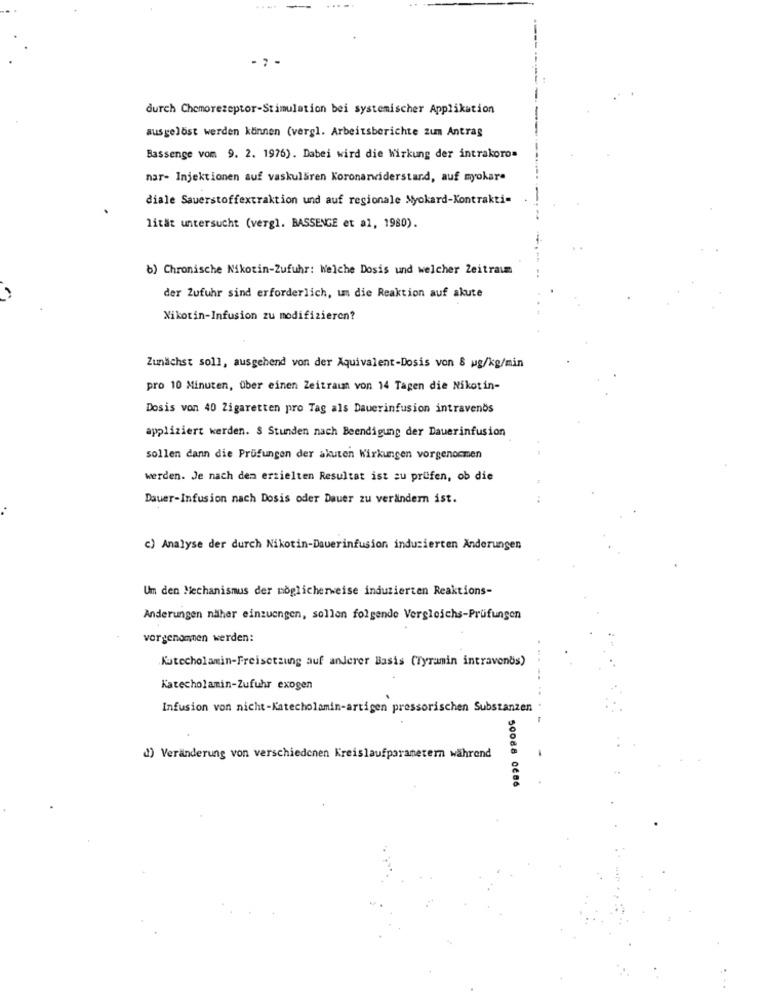
durch Chemorezeptor-Stimulation bei systemischer Applikation
ausgelöst werden können (vergl. Arbeitsberichte zum Antrag
Bassenge vom 9. 2. 1976). Dabei wird die Wirkung der intrakoro=
nar- Injektionen auf vaskulären Koronarwiderstand, auf myokare
diale Sauerstoffextraktion und auf regionale Myokard-Kontrakti-
lität untersucht (vergl. BASSENGE et al, 1980).
b) Chronische Nikotin-Zufuhr: Welche Dosis und welcher Zeitraum
der Zufuhr sind erforderlich, uns die Reaktion auf akute
Nikotin-Infusion zu modifizieren?
Zunächst soll, ausgehend von der Äquivalent-Dosis von & ug/kg/min
pro 10 Minuten, über einen Zeitraum von 14 Tagen die Nikotin-
Dosis von 40 Zigaretten pro Tag als Dauerinfusion intravenös
appliziert werden. S Stunden nach Beendigung der Dauerinfusion
sollen dann die Prüfungen der akuten Wirkungen vorgenommen
werden. Je nach dem erzielten Resultat ist zu prüfen, ob die
Dauer-Infusion nach Dosis oder Dauer zu verändern ist.
c) Analyse der durch Nikotin-Dauerinfusion induzierten Änderungen
Um den Mechanismus der möglicherweise induzierten Reaktions-
Anderungen näher einzuengen, sollen folgende Vergleichs-Prüfungen
vorgenommen werden:
Kutecholamin-Freisetzung auf anderer Basis (Tyramin intravenös)
----
Katecholamin-Zufuhr exogen
Infusion von nicht-Katecholamin-artigen pressorischen Substanzen
-
d) Veränderung von verschiedenen Kreislaufparametern während
50088 0686